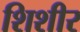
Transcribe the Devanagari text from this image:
शिशीर